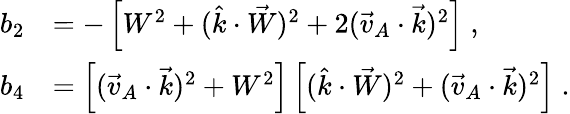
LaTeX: \begin{array}{rl}{b_{2}}&{=-\left[W^{2}+(\hat{k}\cdot\vec{W})^{2}+2(\vec{v}_{A}\cdot\vec{k})^{2}\right]\; ,}\\ {b_{4}}&{=\left[(\vec{v}_{A}\cdot\vec{k})^{2}+W^{2}\right]\left[(\hat{k}\cdot\vec{W})^{2}+(\vec{v}_{A}\cdot\vec{k})^{2}\right]\; .}\end{array}